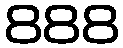
888